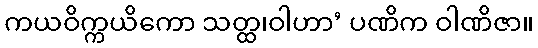
ကယဝိက္ကယိကော သတ္ထ၊ဝါဟာ’ ပဏိက ဝါဏိဇာ။